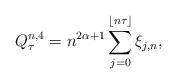
LaTeX: \begin{align*} Q^{n,4} _\tau = n^{2\alpha+1} \sum_{j=0} ^{\lfloor n\tau \rfloor} \xi_{j,n}, \end{align*}